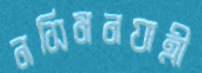
নসিমনযাত্রী